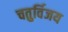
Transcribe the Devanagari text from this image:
चतुर्विजय